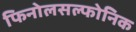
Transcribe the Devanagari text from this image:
फिनोलसल्फोनिक